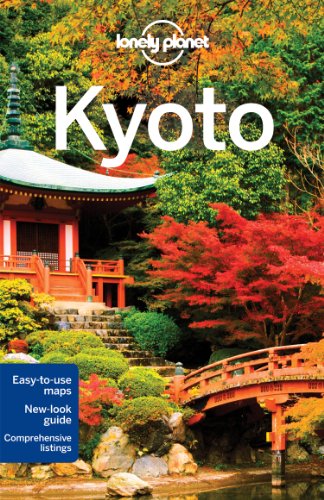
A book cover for Lonely Planet Kyoto (Travel Guide); Lonely Planet; Travel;